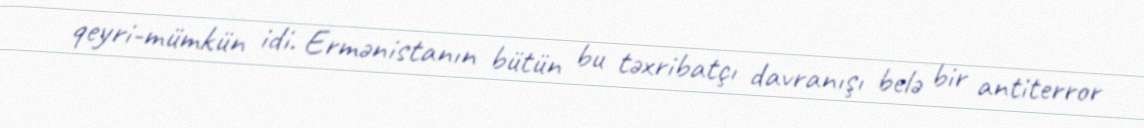
qeyri-mümkün idi. Ermənistanın bütün bu təxribatçı davranışı belə bir antiterror